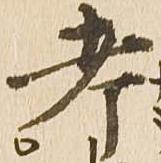
考